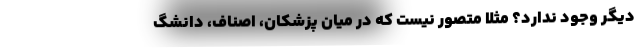
دیگر وجود ندارد؟ مثلاً متصور نیست که در میان پزشکان، اصناف، دانشگ